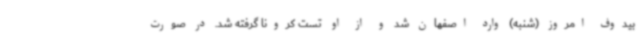
بیدوف امروز (شنبه) وارد اصفهان شد و از او تست کرونا گرفته شد. در صورت